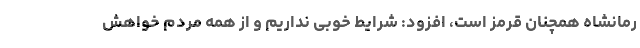
رمانشاه همچنان قرمز است، افزود: شرایط خوبی نداریم و از همه مردم خواهش